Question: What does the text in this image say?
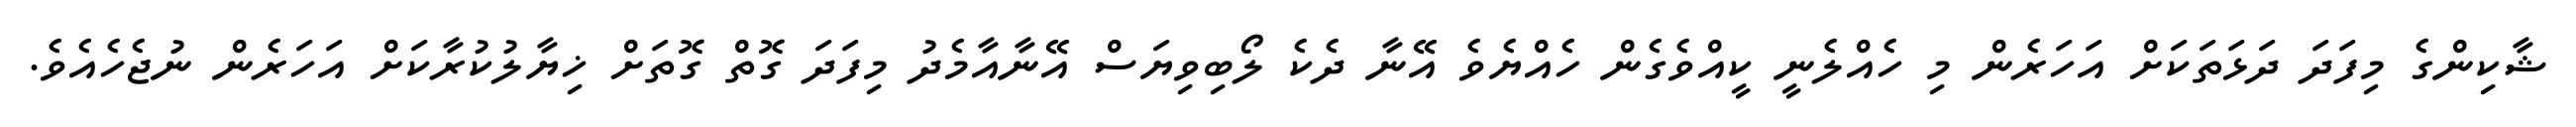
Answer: ޝާކިންގެ މިފަދަ ދަޅަތަކަށް އަހަރެން މި ހެއްލެނީ ކީއްވެގެން ހެއްޔެވެ އޭނާ ދެކެ ލޯބިވިޔަސް އޭނާއާމެދު މިފަދަ ގޮތް ގޮތަށް ޚިޔާލުކުރާކަށް އަހަރެން ނުޖެހެއެވެ.